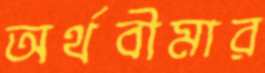
অর্থবীমার